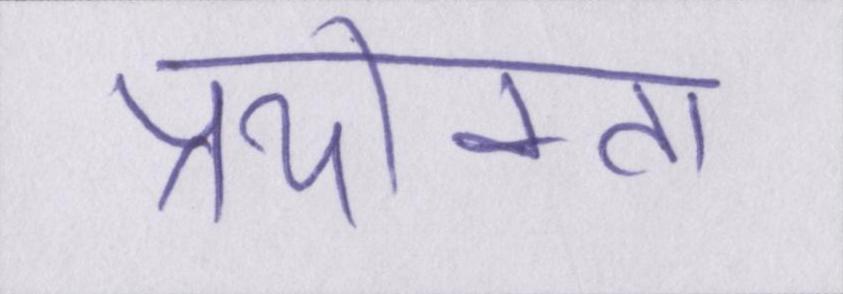
प्रयोक्ता